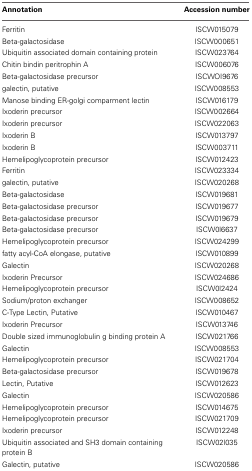
| Annotation | Accession number |
 | --- | --- |
 | Ferritin | ISCW015079 |
 | Beta-galactosidase | ISCW000651 |
 | Ubiquitin associated domain containing protein | ISCW023764 |
 | Chitin bindin peritrophin A | ISCW006076 |
 | Beta-galactosidase precursor | ISCWOI9676 |
 | galectin, putative | ISCW008553 |
 | Manose binding ER-golgi comparment lectin | ISCW016179 |
 | Ixoderin precursor | ISCW002664 |
 | Ixoderin precursor | ISCW022063 |
 | Ixoderin B | ISCW013797 |
 | Ixoderin B | ISCW003711 |
 | Hemelipoglycoprotein precursor | ISCW012423 |
 | Ferritin | ISCW023334 |
 | galectin, putative | ISCW020268 |
 | Beta-galactosidase | ISCW019681 |
 | Beta-galactosidase precursor | ISCW019677 |
 | Beta-galactosidase precursor | ISCW019679 |
 | Beta-galactosidase precursor | ISCW0l6637 |
 | Hemelipoglycoprotein precursor | ISCW024299 |
 | fatty acyl-CoA elongase, putative | ISCW010899 |
 | Galectin | ISCW020268 |
 | Ixoderin Precursor | ISCW024686 |
 | Hemelipoglycoprotein precursor | ISCW0l2424 |
 | Sodium/proton exchanger | ISCW008652 |
 | C-Type Lectin, Putative | ISCW010467 |
 | Ixoderin Precursor | ISCW013746 |
 | Double sized immunoglobulin g binding protein A | ISCW021766 |
 | Galectin | ISCW008553 |
 | Hemelipoglycoprotein precursor | ISCW021704 |
 | Beta-galactosidase precursor | ISCW019678 |
 | Lectin, Putative | ISCW012623 |
 | Galectin | ISCW020586 |
 | Hemelipoglycoprotein precursor | ISCW014675 |
 | Hemelipoglycoprotein precursor | ISCW021709 |
 | Ixoderin precursor | ISCW012248 |
 | Ubiquitin associated and SH3 domain containing protein B | ISCW02l035 |
 | Galectin, putative | ISCW020586 |